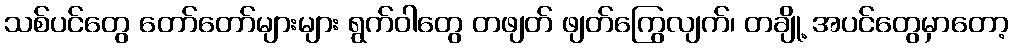
သစ်ပင်တွေ တော်တော်များများ ရွက်ဝါတွေ တဖျတ် ဖျတ်ကြွေလျက်၊ တချို့ အပင်တွေမှာတော့